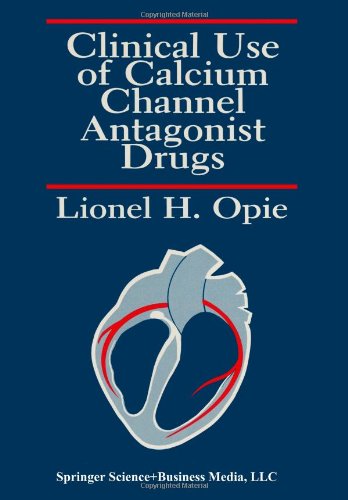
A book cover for Clinical Use of Calcium Channel Antagonist Drugs; Lionel H. Opie; Medical Books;